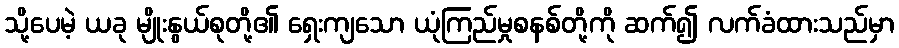
သို့ပေမဲ့ ယခု မျိုးနွယ်စုတို့၏ ရှေးကျသော ယုံကြည်မှုစနစ်တို့ကို ဆက်၍ လက်ခံထားသည်မှာ